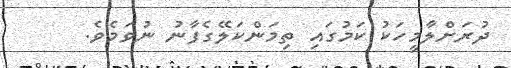
ދުރަށްލާމީހަކު ކަމުގައި ތިމަންކަލޭގެފާނު ނުވަމެވެ.